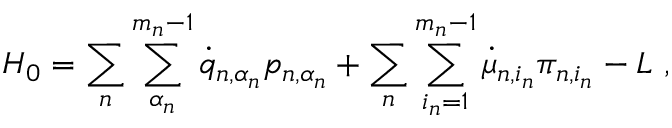
H _ { 0 } = \sum _ { n } \sum _ { \alpha _ { n } } ^ { m _ { n } - 1 } \dot { q } _ { n , \alpha _ { n } } p _ { n , \alpha _ { n } } + \sum _ { n } \sum _ { i _ { n } = 1 } ^ { m _ { n } - 1 } \dot { \mu } _ { n , i _ { n } } \pi _ { n , i _ { n } } - L \ ,